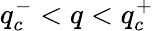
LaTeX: q_{c}^{-}<q<q_{c}^{+}